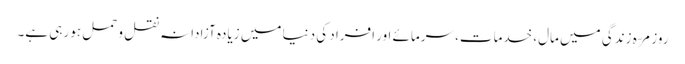
روزمرّہ زندگی میں مال، خدمات، سرمائے اور افراد کی دنیا میں زیادہ آزادانہ نقل و حمل ہو رہی ہے۔